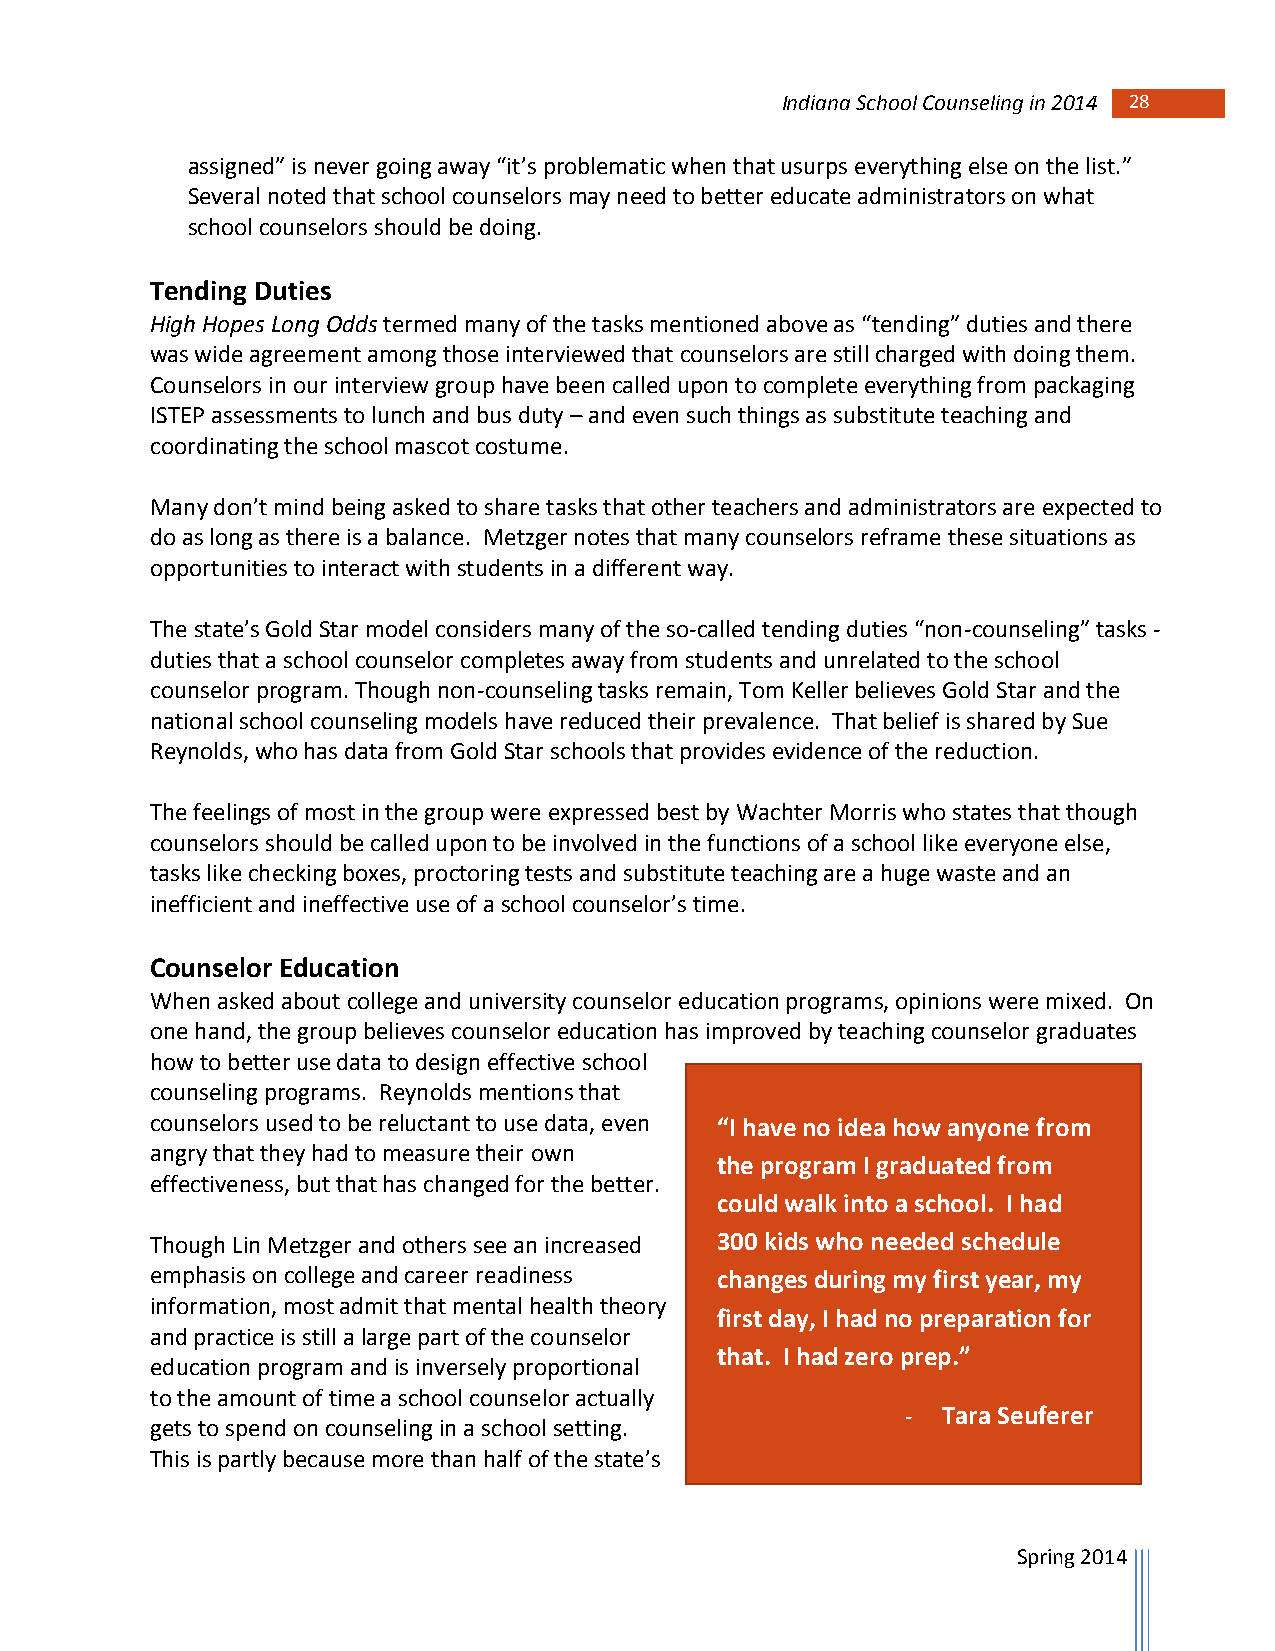
Indiana School Counseling in 2014 28
 assigned” is never going away “it’s problematic when that usurps everything else on the list.”
 Several noted that school counselors may need to better educate administrators on what
 school counselors should be doing.
 Tending Duties
 High Hopes Long Odds termed many of the tasks mentioned above as “tending” duties and there
 was wide agreement among those interviewed that counselors are still charged with doing them.
 Counselors in our interview group have been called upon to complete everything from packaging
 ISTEP assessments to lunch and bus duty – and even such things as substitute teaching and
 coordinating the school mascot costume.
 Many don’t mind being asked to share tasks that other teachers and administrators are expected to
 do as long as there is a balance. Metzger notes that many counselors reframe these situations as
 opportunities to interact with students in a different way.
 The state’s Gold Star model considers many of the so-called tending duties “non-counseling” tasks -
 duties that a school counselor completes away from students and unrelated to the school
 counselor program. Though non-counseling tasks remain, Tom Keller believes Gold Star and the
 national school counseling models have reduced their prevalence. That belief is shared by Sue
 Reynolds, who has data from Gold Star schools that provides evidence of the reduction.
 The feelings of most in the group were expressed best by Wachter Morris who states that though
 counselors should be called upon to be involved in the functions of a school like everyone else,
 tasks like checking boxes, proctoring tests and substitute teaching are a huge waste and an
 inefficient and ineffective use of a school counselor’s time.
 Counselor Education
 When asked about college and university counselor education programs, opinions were mixed. On
 one hand, the group believes counselor education has improved by teaching counselor graduates
 how to better use data to design effective school
 counseling programs. Reynolds mentions that
 counselors used to be reluctant to use data, even “I have no idea how anyone from
 angry that they had to measure their own
 the program I graduated from
 effectiveness, but that has changed for the better.
 could walk into a school. I had
 Though Lin Metzger and others see an increased 300 kids who needed schedule
 emphasis on college and career readiness changes during my first year, my
 information, most admit that mental health theory
 first day, I had no preparation for
 and practice is still a large part of the counselor
 that. I had zero prep.”
 education program and is inversely proportional
 to the amount of time a school counselor actually
 - Tara Seuferer
 gets to spend on counseling in a school setting.
 This is partly because more than half of the state’s
 Spring 2014